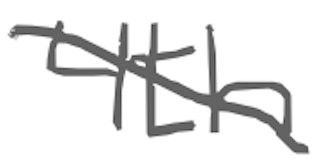
Text: 4th
Cross-out: diagonal
Writing tool: digital_gray